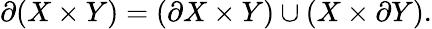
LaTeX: \partial(X\times Y)=(\partial X\times Y)\cup(X\times\partial Y).